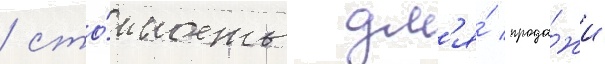
/ сто́имость дл'я́ прода́жи